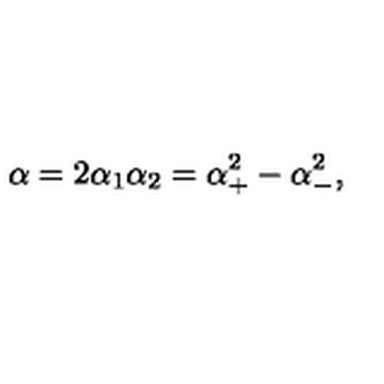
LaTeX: \alpha = 2 \alpha _ { 1 } \alpha _ { 2 } = \alpha _ { + } ^ { 2 } - \alpha _ { - } ^ { 2 } ,